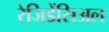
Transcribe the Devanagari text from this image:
रेजिडेंसिअल